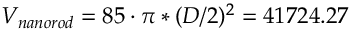
V _ { n a n o r o d } = 8 5 \cdot \pi * ( D / 2 ) ^ { 2 } = 4 1 7 2 4 . 2 7